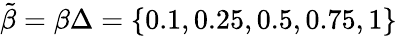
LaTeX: \tilde{\beta}=\beta\Delta=\{ 0.1,0.25,0.5,0.75,1\}